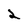
Character: 2